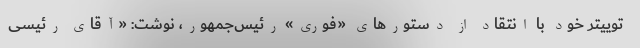
توییتر خود با انتقاد از دستورهای «فوری» رئیس‌جمهور، نوشت: «آقای رئیسی